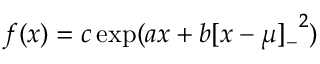
f ( x ) = c \exp ( a x + b { [ x - \mu ] _ { - } } ^ { 2 } )